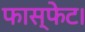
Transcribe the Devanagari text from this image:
फास्फेट।